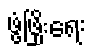
ဖွံ့ဖြိုးရေး